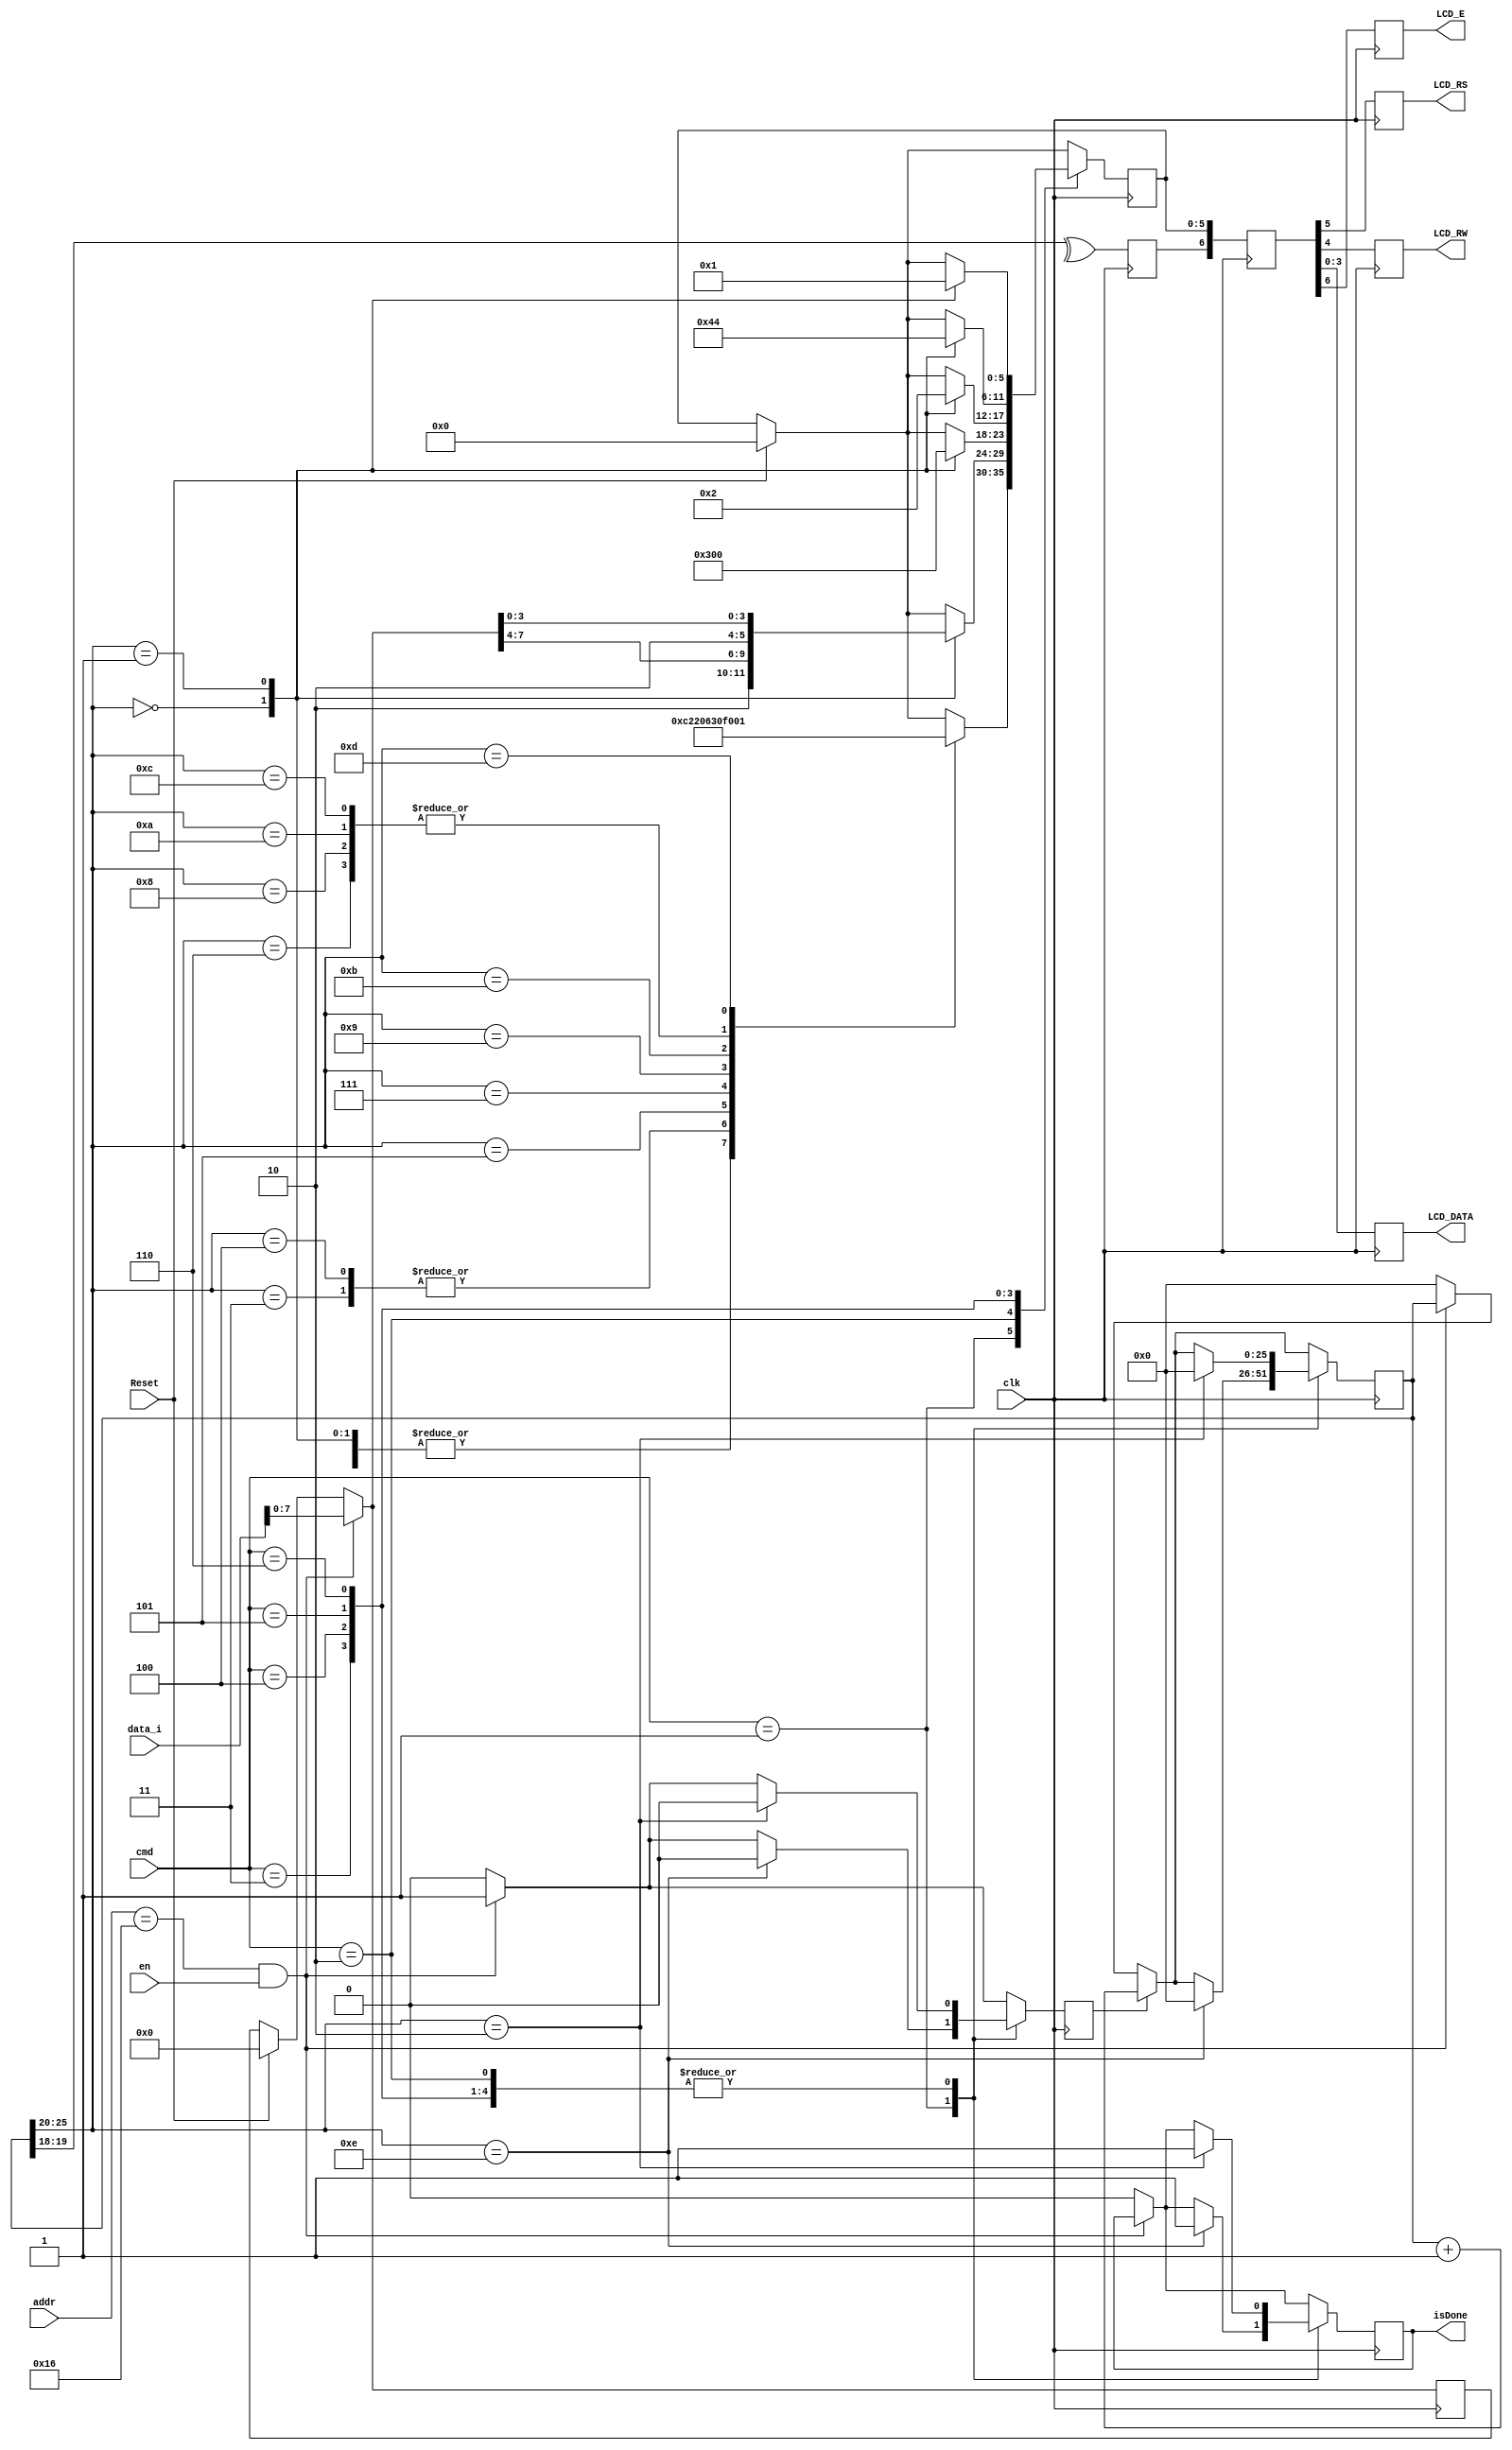
`timescale 1ns / 1ps


module LCD	#(parameter core_addr = 'h16) (clk, en, Reset, addr, data_i, isDone, cmd, LCD_RS, LCD_RW, LCD_E, LCD_DATA);


	parameter       k = 18;
	input           clk;  
   input	en;
	input Reset;
   input [15:0] addr;
	input [15:0] data_i;
	input [2:0]	 cmd;
	output reg isDone;
	reg   [k+8-1:0] count=0;
	reg             lcd_stb;
	reg       [5:0] lcd_code;
	reg       [6:0] lcd_stuff;
	reg       [7:0] char_buffer;
	reg				 count_en;	
	output reg      LCD_RS;
	output reg      LCD_RW;
	output reg [3:0]LCD_DATA;
	output reg      LCD_E;
	localparam LCD_INIT = 1;
	localparam SEND_BYTE = 2;
	localparam LINE_2 = 3;
	localparam HOME = 4;
	localparam DESP = 5;
	localparam CLEAR = 6;
	localparam WAIT = 12;
	localparam WRITE1 = 13;
	localparam WRITE2 = 14;
	
	
	
	initial	begin
					count_en = 1;
					LCD_RS 	= 0;
					LCD_RW	= 0;
					LCD_DATA	= 0;
					LCD_E		= 0;
					lcd_code	= 0;
					lcd_stuff= 0;
					lcd_stb	= 0;
					char_buffer	= 0;
					
					
				end
	
	always @ (posedge clk) begin
	
		if (Reset) begin
					count_en <= 0;
					LCD_RS 	<= 0;
					LCD_RW	<= 0;
					LCD_DATA	<= 0;
					LCD_E		<= 0;
					lcd_code	<= 0;
					lcd_stuff<= 0;
					lcd_stb	<= 0;
					char_buffer	= 0;
		end

	
			if(addr == core_addr  && en ) begin
			
			count_en <=1;
			char_buffer = data_i;
			
			end
			else begin
				count <= 0;
				count_en <= 0;
				isDone <=0;
			end
	
			if(count_en)
				count  <= count + 1'b1;
			case(cmd)
						LCD_INIT: begin
							case (count[k+7:k+2])
									//-----------
									0:	lcd_code <= 6'b000011;// power-on initialization
									1: lcd_code <= 6'b000011;
									2: lcd_code <= 6'b000011;
									3: lcd_code <= 6'b000010;
									4: lcd_code <= 6'b000010;        // function set
									5: lcd_code <= 6'b001000;
									6: lcd_code <= 6'b000000;        // entry mode set
									7: lcd_code <= 6'b000110;
									8: lcd_code <= 6'b000000;        // display on/off control
									9: lcd_code <= 6'b001100;
									10: lcd_code <= 6'b000000;        // Cursor On
									11: lcd_code <= 6'b001111;        
									12: lcd_code <= 6'b000000;			// display on/off control
									13: lcd_code <= 6'b000001;
									//14: lcd_code <= 6'b100100;	//F de prueba
									//15: lcd_code <= 6'b100111;
									14: begin
											count_en <= 0;
											isDone <= 1 ;
											count <= 0;
										 end
										endcase 
								end		// LCD init ends
						SEND_BYTE:	begin
						
						case (count[k+7:k+2])
									0: lcd_code <= {1'b1, 1'b0, char_buffer[7:4]};
									1: lcd_code <= {1'b1, 1'b0, char_buffer[3:0]};
									2: begin
											count_en <= 0;
											isDone <= 1 ;
											count <= 0;
										 end
										endcase 
						end
						LINE_2:	begin
						
						case (count[k+7:k+2])
									0: lcd_code <= 6'b001100;
									1: lcd_code <= 6'b000000;
									2: begin
											count_en <= 0;
											isDone <= 1 ;
											count <= 0;
										 end
										endcase 
						end
						HOME:	begin
						
						case (count[k+7:k+2])
									0: lcd_code <= 6'b000000;
									1: lcd_code <= 6'b000010;
									2: begin
											count_en <= 0;
											isDone <= 1 ;
											count <= 0;
										 end
										endcase 
						end
						DESP:	begin
						
						case (count[k+7:k+2])
									0: lcd_code <= 6'b000001;
									1: lcd_code <= 6'b000100;
									2: begin
											count_en <= 0;
											isDone <= 1 ;
											count <= 0;
										 end
										endcase 
						end
						CLEAR:	begin
						
						case (count[k+7:k+2])
									0: lcd_code <= 6'b000000;
									1: lcd_code <= 6'b000001;
									2: begin
											count_en <= 0;
											isDone <= 1 ;
											count <= 0;
										 end
										endcase 
						end
								
						endcase
		lcd_stb <= ^count[k+1:k+0];  // clkrate / 2^(k+2)
		lcd_stuff <= {lcd_stb,lcd_code};
		{LCD_E,LCD_RS,LCD_RW,LCD_DATA[3],LCD_DATA[2],LCD_DATA[1],LCD_DATA[0]} <= lcd_stuff;
	end
endmodule